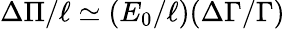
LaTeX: \Delta\Pi/\ell\simeq(E_{0}/\ell)(\Delta\Gamma/\Gamma)